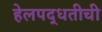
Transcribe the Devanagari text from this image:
हेलपद्धतीची